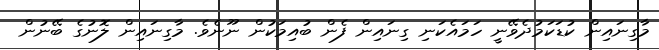
މާގިނައިން ކުޑަކަމުދެވޭނީ ހަމައެކަނި ގިނައިން ފެން ބުއިމަކުން ނޫނެވެ. މާގިނައިން ލޮނުގެ ބޭނުން